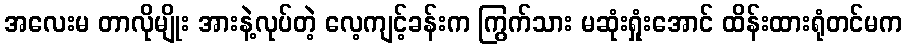
အလေးမ တာလိုမျိုး အားနဲ့လုပ်တဲ့ လေ့ကျင့်ခန်းက ကြွက်သား မဆုံးရှုံးအောင် ထိန်းထားရုံတင်မက